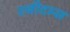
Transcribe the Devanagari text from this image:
स्वीटम्स